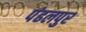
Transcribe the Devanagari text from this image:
पंढलपुर